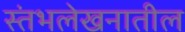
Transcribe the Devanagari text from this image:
स्तंभलेखनातील